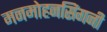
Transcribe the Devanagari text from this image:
मनमोहनसिंगनी